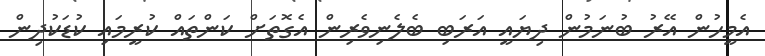
އެމީހުން އޭރު ބުނަމުން ދިޔައީ އަރަބި ބެލެނިވެރިން އެގޮތަށް ކަންތައް ކުރީމައި ކުޑަކުދިން